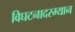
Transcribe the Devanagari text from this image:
विघटनादरम्यान